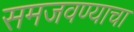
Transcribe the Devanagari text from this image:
समजवण्याचा